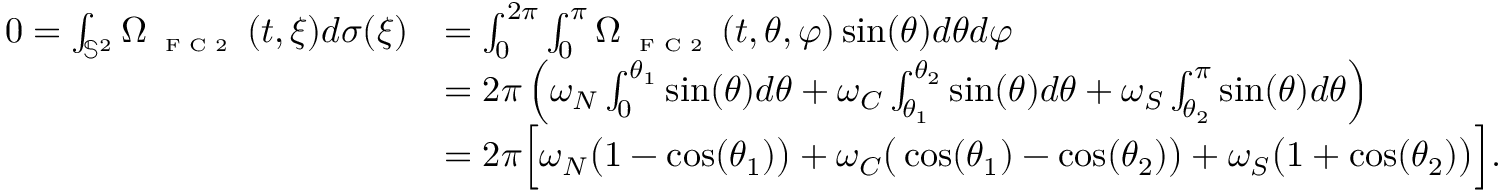
\begin{array} { r l } { 0 = \int _ { \mathbb { S } ^ { 2 } } \Omega _ { \textnormal { \tiny { F C 2 } } } ( t , \xi ) d \sigma ( \xi ) } & { = \int _ { 0 } ^ { 2 \pi } \int _ { 0 } ^ { \pi } \Omega _ { \textnormal { \tiny { F C 2 } } } ( t , \theta , \varphi ) \sin ( \theta ) d \theta d \varphi } \\ & { = 2 \pi \left( \omega _ { N } \int _ { 0 } ^ { \theta _ { 1 } } \sin ( \theta ) d \theta + \omega _ { C } \int _ { \theta _ { 1 } } ^ { \theta _ { 2 } } \sin ( \theta ) d \theta + \omega _ { S } \int _ { \theta _ { 2 } } ^ { \pi } \sin ( \theta ) d \theta \right) } \\ & { = 2 \pi \Big [ \omega _ { N } \big ( 1 - \cos ( \theta _ { 1 } ) \big ) + \omega _ { C } \big ( \cos ( \theta _ { 1 } ) - \cos ( \theta _ { 2 } ) \big ) + \omega _ { S } \big ( 1 + \cos ( \theta _ { 2 } ) \big ) \Big ] . } \end{array}